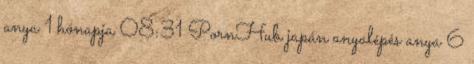
anya 1 hónapja 08:31 PornHub japán anyalépés anya 6